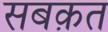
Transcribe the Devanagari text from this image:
सबक़त